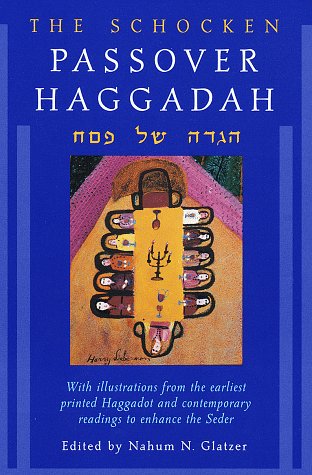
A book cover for The Schocken Passover Haggadah; Nahum N. Glatzer; Religion & Spirituality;